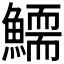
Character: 𩻞